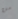
من